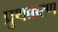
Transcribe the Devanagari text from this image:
प्रुथक्करण